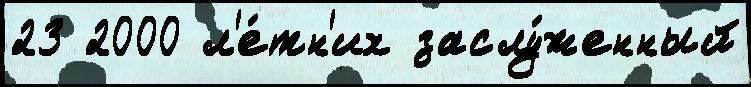
23 2000 л'е́тн'их заслу́женный